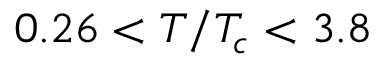
0 . 2 6 < T / T _ { c } < 3 . 8